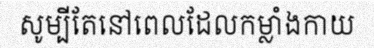
សូម្បីតែនៅពេលដែលកម្លាំងកាយ